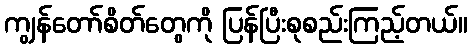
ကျွန်တော်စိတ်တွေကို ပြန်ပြီးစုစည်းကြည့်တယ်။